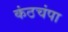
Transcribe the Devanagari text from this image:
कंठचंपा